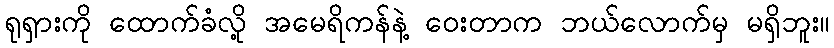
ရုရှားကို ထောက်ခံလို့ အမေရိကန်နဲ့ ဝေးတာက ဘယ်လောက်မှ မရှိဘူး။